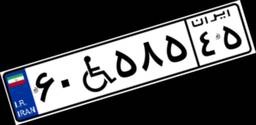
۹۰W۵۵۷۳۳